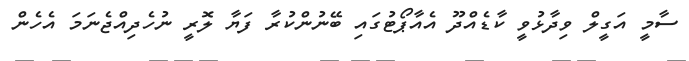
ސާމީ އަގީލް ވިދާޅުވީ ކާޑެއްދޫ އެއާޕޯޓުގައި ބޭނުންކުރާ ފަޔާ ލޮރީ ނުހެދިއްޖެނަމަ އެހެން